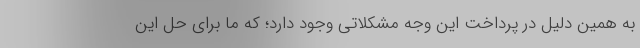
به همین دلیل در پرداخت این وجه مشکلاتی وجود دارد؛ که ما برای حل این